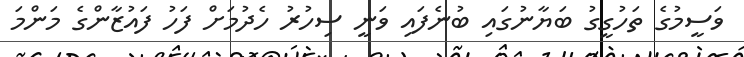
ވަސީމުގެ ތަހުގީގު ބަޔާނުގައި ބުނެފައި ވަނީ ސިހުރު ހެދުމަށް ފަހު ފައުޒާންގެ މަންމަ